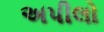
અપીલો